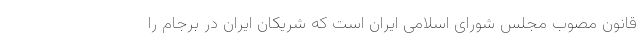
قانون مصوب مجلس شورای اسلامی ایران است که شریکان ایران در برجام را